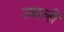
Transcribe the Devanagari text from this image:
उबालीं